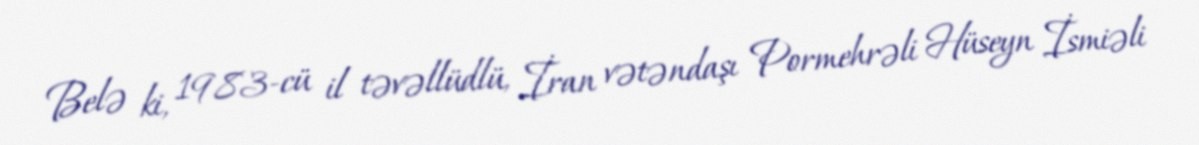
Belə ki, 1983-cü il təvəllüdlü, İran vətəndaşı Pormehrəli Hüseyn İsmiəli